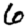
Digit: 6